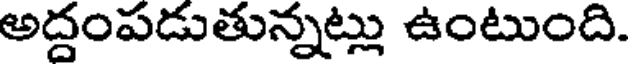
అద్దంపడుతున్నట్లు ఉంటుంది.